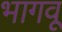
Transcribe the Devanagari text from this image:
भागवू